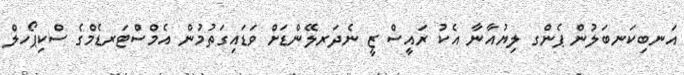
އަނބިކަނބަލުން ޕެންގ ލިޔުއާނާ އެކު ރައީސް ޒީ ނެދަރލޭންޑަށް ވަޑައިގަތުމުން އެމްސްޓަރޑެމްގެ ސްކިޕޯހލް